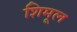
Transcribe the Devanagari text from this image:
शिमूल